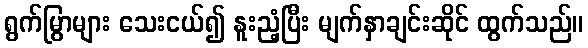
ရွက်မြွာများ သေးငယ်၍ နူးညံ့ပြီး မျက်နှာချင်းဆိုင် ထွက်သည်။